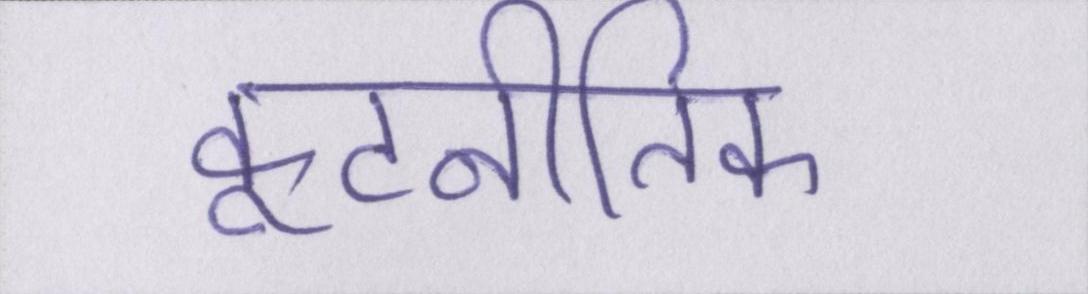
कूटनीतिक